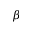
\beta